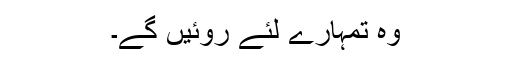
وہ تمہارے لئے روئیں گے۔